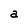
Character: a